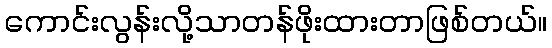
ကောင်းလွန်းလို့သာတန်ဖိုးထားတာဖြစ်တယ်။